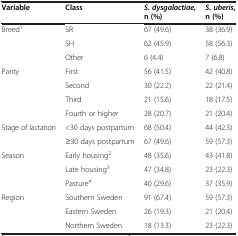
<table><thead><tr><td><b>Variable</b></td><td><b>Class</b></td><td><b><i>S. dysgalactiae</i>, n (%)</b></td><td><b><i>S. uberis</i>, n (%)</b></td></tr></thead><tbody><tr><td>Breed<sup>1</sup></td><td>SR</td><td>67 (49.6)</td><td>38 (36.9)</td></tr><tr><td></td><td>SH</td><td>62 (45.9)</td><td>58 (56.3)</td></tr><tr><td></td><td>Other</td><td>6 (4.4)</td><td>7 (6.8)</td></tr><tr><td>Parity</td><td>First</td><td>56 (41.5)</td><td>42 (40.8)</td></tr><tr><td></td><td>Second</td><td>30 (22.2)</td><td>22 (21.4)</td></tr><tr><td></td><td>Third</td><td>21 (15.6)</td><td>18 (17.5)</td></tr><tr><td></td><td>Fourth or higher</td><td>28 (20.7)</td><td>21 (20.4)</td></tr><tr><td>Stage of lactation</td><td>&lt;30 days postpartum</td><td>68 (50.4)</td><td>44 (42.3)</td></tr><tr><td></td><td>≥30 days postpartum</td><td>67 (49.6)</td><td>59 (57.3)</td></tr><tr><td>Season</td><td>Early housing<sup>2</sup></td><td>48 (35.6)</td><td>43 (41.8)</td></tr><tr><td></td><td>Late housing<sup>3</sup></td><td>47 (34.8)</td><td>23 (22.3)</td></tr><tr><td></td><td>Pasture<sup>4</sup></td><td>40 (29.6)</td><td>37 (35.9)</td></tr><tr><td>Region</td><td>Southern Sweden</td><td>91 (67.4)</td><td>59 (57.3)</td></tr><tr><td></td><td>Eastern Sweden</td><td>26 (19.3)</td><td>21 (20.4)</td></tr><tr><td></td><td>Northern Sweden</td><td>18 (13.3)</td><td>23 (22.3)</td></tr></tbody></table>